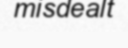
misdealt